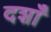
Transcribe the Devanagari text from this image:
दशाँ